Report on the Civil Veterinary Department, Eastern Bengal and Assam - 1907-1911
Year: 1907
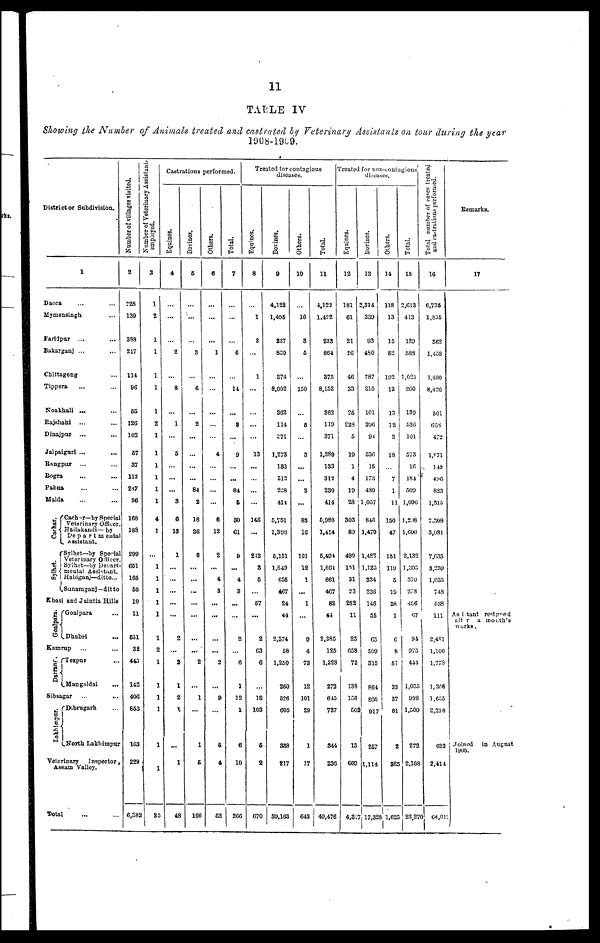
11
TABLE IV
Showing the Number of Animals treated and castrated by Veterinary Assistants on tour during the year
1908-1909.
District or Subdivision.
1
Dacca
Mymeasingh...
Faridpur
... ...
Bakarganj ... ...
Chittagong ...
Tippera ... ...
Noakhali ... ...
Rajsliahi
... ...
Dinajpur
... ...
Jalpaiguri ... ...
Rangpur
... ...
Bogra ... ...
Pabna ... ...
Malda ... ...
Cachar.
Cachar— by Special
Veterinary Officer
Hailakandi— by
Departmental
Assistant.
Sylhet—by Special
Veterinary Officer.
Sylhet—by Depart-
mental
Assistant,
Habiganj—ditto...
Sunamganj —ditto
Khasi and Jaintia Hills
Goalpara ...
Dhubri ...
Kamrup ... ...
Tezpur
...
Mangaldai
...
Sibsagar
...
...
Dibrugarh ...
North Lakhimpur
Veterinary
Inspector
Assam Valley.
Total ... ...
Number of villages visited.
2
228
130
388
217
114
96
55
126
102
57
37
112
247
96
168
188
299
651
165
56
10
11
551
32
443
142
406
853
163
228
6,382
Number
of Veterinary Assistant
employed.
3
1
2
1
1
1
1
1
2
1
1
1
1
1
1
4
1
...
1 1
1
1
1
1
2
1
1
1
1
1
1
35
Castrations performed.
Equines.
4
...
...
...
2
...
8
...
1
...
5
...
...
...
3
6
13
1
...
...
...
...
...
...
2
...
2
1
2
1
...
1
48
Bovines.
5
...
...
...
3
...
6
...
2
...
...
...
...
84
2
18
36
6
...
...
...
...
...
...
...
2
...
1
...
1
6
166
Others.
6
...
...
...
1
...
...
...
...
...
4
...
...
...
...
6
...
12
2
...
4
3
...
...
...
...
2
...
9
...
5
4
52
Total.
7
...
...
...
6
...
14
...
8
...
9
...
...
84
6
30
61
9
...
4
3
...
...
2
...
6
1
12
1
6
10
266
Treated for contagious
diseased.
Equines.
8
...
1
3
...
1
...
...
...
...
13
...
...
...
...
146
...
212
... 3
6
...
57
...
2
63
6
...
...
18
103
6
2
670
Bovines.
9
4,122
1,405
227
859
374
8,002
362
114
371
1,273
133
313
228
414
5,751
1,398
5,151
1,849
G56
467
24
44
2,374
58
1,250
260
526
605
338
217
39,163
Others.
10
...
16
3
5
...
150
...
5
...
3
...
...
2
...
83
16
101
12
1
...
1
9
4
72
12
101
29
1
17
643
Total.
11
4,122
1,422
233
864
375
8,152
362
119
371
1,289
133
312
230
414
5,980
1,414
5,494
1,864
661
467
82
44
2,385
125
1,328
272
645
737
344
236
40,476
Treated for non-contagious
disease.
Equines.
12
181
61
21
26
46
33
25
228
5
19
1
4
19
28
303
89
499
151
31
23
282
11
23
658
72
138
156
502
13
669
4,337
Bovines.
13
2,814
339
93
480
787
215
101
206
94
536
15
173
489
1,057
845
1,470
1,482
1,125
334
236
146
55
65
309
315
864
805
917
257
1,114
17,325
Others.
14
118
13
15
82
192
12
13
12
2
18
...
7
1
11
150
47
151
119
5
10
28
1
6
8
57
33
37
81
2
385
1,625
Total.
15
2,613
413
129
5883
1,025
260
139
536
104
573
16
184
509
1,090
1,208
1,606
2,132
1 ,395
370
278
456
67
94
075
411
1,035
998
1,500
272
2,168
23,270
Total number of cases treated
and castrations performed.
16
6,736
1,835
862
1,458
1,400
8,426
501
653
472
1,871
149
496
823
1,515
7,308
3,081
7,635
3,259
1,035
748
538
111
2,481
1,100
1,778
1,308
1,655
2,238
622
2,414
64,01
Remarks.
17
Assisatant resigned
after
a month's
works.
Joined
in August
l908.